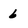
Character: 6